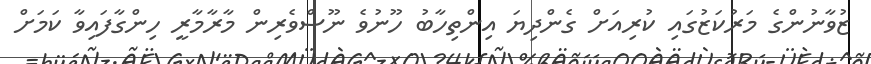
ޒުވާނުންގެ މަރުކަޒުގައި ކުރިއަށް ގެންދިޔަ އިންތިހާބު ހޫނުވެ ނޫސްވެރިން މާރާމާރީ ހިންގާފައިވާ ކަމަށް